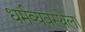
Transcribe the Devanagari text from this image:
धर्मव्यवस्थेला